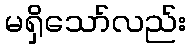
မရှိသော်လည်း